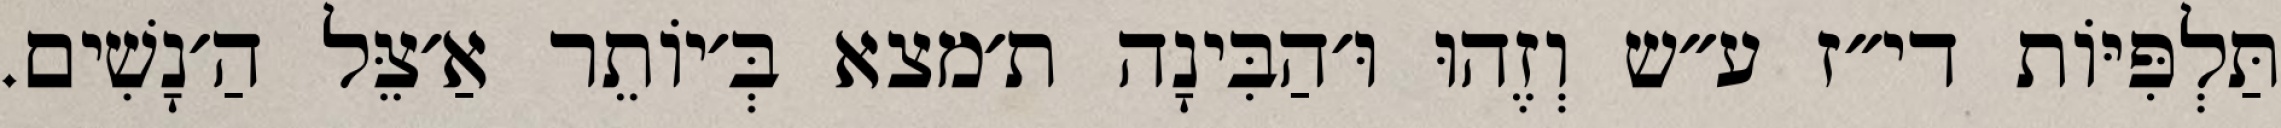
תַּלְפִּיּוֹת די״ז ע״ש וְזֶהוּ וּ׳הַבִּינָה ת׳מצא בְּ׳יוֹתֵר אַ׳צֵּל הַ׳נָשִׁים.